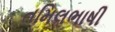
તમિલભાષી